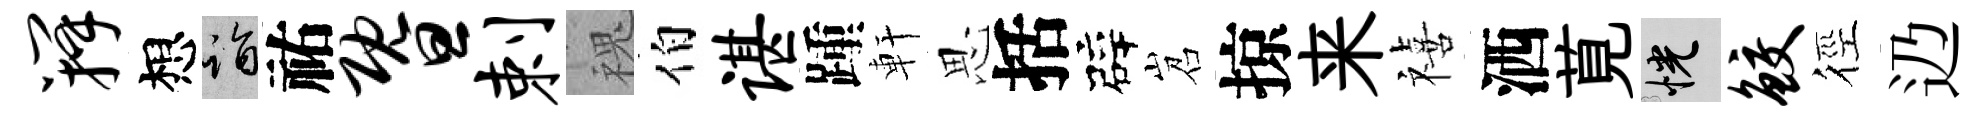
瓣想诣祐暨剌槐伯谌踵軒思括辟岧掠来禧洒莧恍鲛徑辸